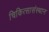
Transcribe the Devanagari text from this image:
चिकित्सासंस्थान